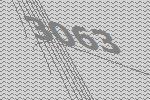
3063